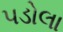
પડોલા